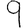
Digit: 9